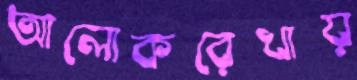
আলোকরেখায়